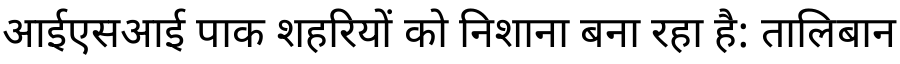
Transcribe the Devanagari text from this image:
आईएसआई पाक शहरियों को निशाना बना रहा है: तालिबान